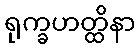
ရုက္ခဟတ္ထိနာ